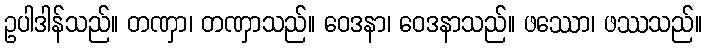
ဥပါဒါန်သည်။ တဏှာ၊ တဏှာသည်။ ဝေဒနာ၊ ဝေဒနာသည်။ ဖဿော၊ ဖဿသည်။